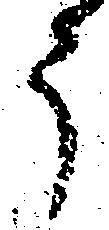
う